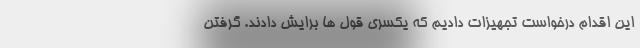
این اقدام درخواست تجهیزات دادیم که یکسری قول ها برایش دادند. گرفتن